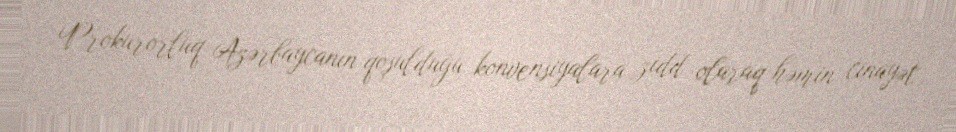
Prokurorluq Azərbaycanın qoşulduğu konvensiyalara zidd olaraq həmin cinayət